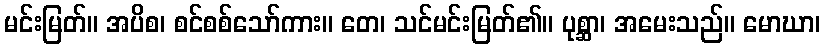
မင်းမြတ်။ အပိစ၊ စင်စစ်သော်ကား။ တေ၊ သင်မင်းမြတ်၏။ ပုစ္ဆာ၊ အမေးသည်။ မောဃာ၊